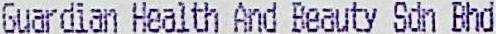
GUARDIAN HEALTH AND BEAUTY SDN BHD